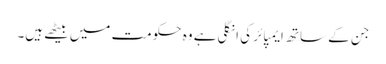
جن کے ساتھ ایمپائر کی انگلی ہے وہ حکومت میں بیٹھے ہیں۔